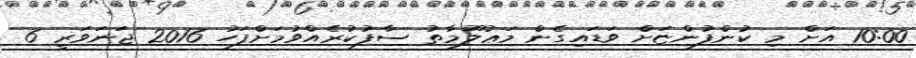
10:00 އަށް މި ކުންފުންޏަށް ވަޑައިގެން މަޢުލޫމާތު ސާފުކުރެއްވުމަށްފަހު 2016 ޖަނަވަރީ 6